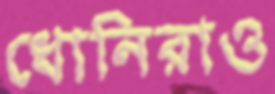
ধোনিরাও